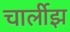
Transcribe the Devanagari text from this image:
चार्लीझ